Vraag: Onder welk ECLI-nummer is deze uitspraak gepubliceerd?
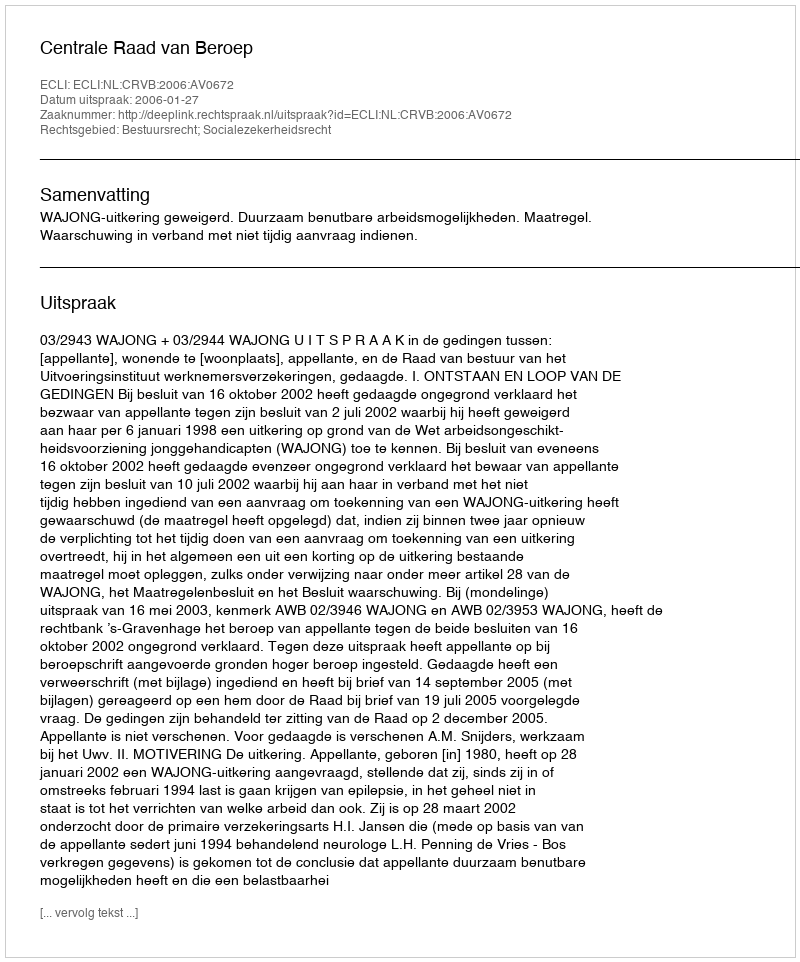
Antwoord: ECLI:NL:CRVB:2006:AV0672